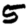
Digit: 5